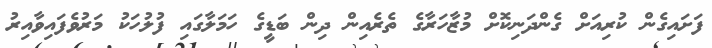
ފަށައިގެން ކުރިއަށް ގެންދަނިކޮށް މުޒާހަރާގެ ތެރެއިން ދިން ބަޑީގެ ހަމަލާގައި ފުލުހަކު މަރުވެފައިވާއިރު